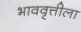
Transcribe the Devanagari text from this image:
भाववृत्तीला